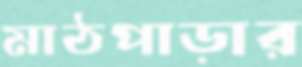
মাঠপাড়ার